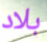
بلاد